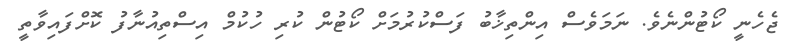
ޖެހެނީ ކޯޓުންނެވެ. ނަމަވެސް އިންތިޚާބު ފަސްކުރުމަށް ކޯޓުން ކުރި ހުކުމް އިސްތިއުނާފު ކޮށްފައިވާތީ